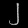
Digit: ၂